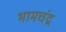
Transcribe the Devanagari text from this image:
भामचंद्र